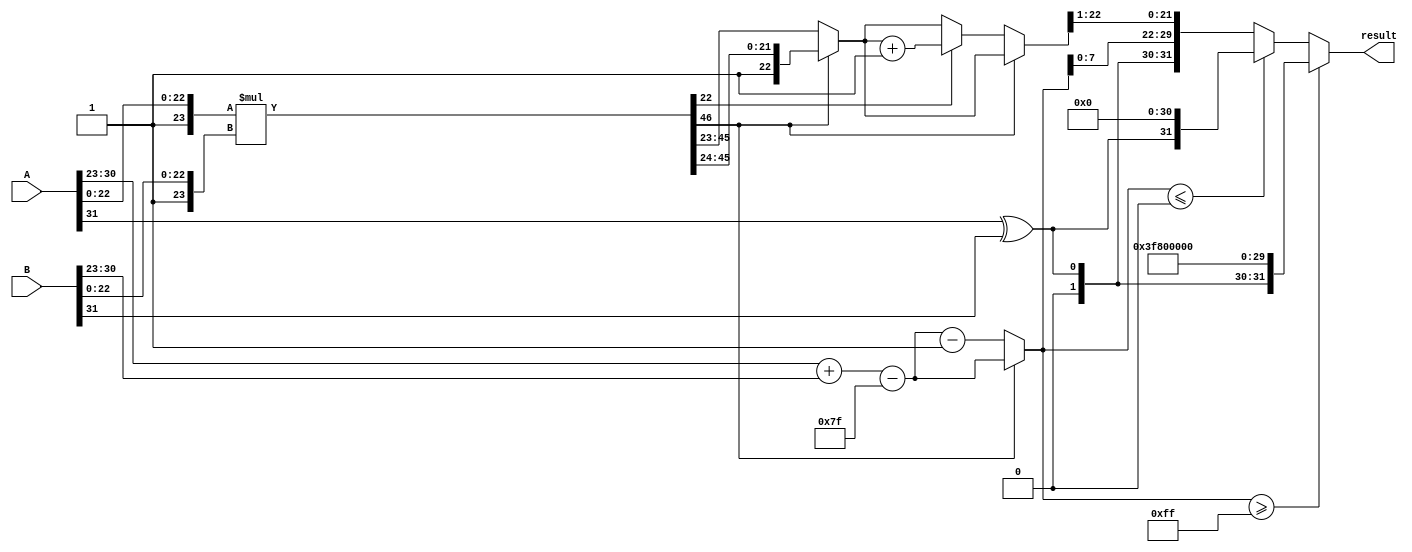
module radix2_fp_multiplier #(
    parameter E = 8, // Number of exponent bits
    parameter M = 23 // Number of significand bits (excluding implicit leading 1)
)(
    input wire [E + M:0] A, // Input A (sign, exponent, significand)
    input wire [E + M:0] B, // Input B (sign, exponent, significand)
    output reg [E + M:0] result // Output result (sign, exponent, significand)
);

    // Bias for exponent
    localparam BIAS = (1 << (E - 1)) - 1;

    // Internal signals
    wire sign_A = A[E + M]; // Sign bit of A
    wire sign_B = B[E + M]; // Sign bit of B
    wire [E-1:0] exp_A = A[E + M - 1:E + M - E]; // Exponent of A
    wire [E-1:0] exp_B = B[E + M - 1:E + M - E]; // Exponent of B
    wire [M:0] sig_A = {1'b1, A[M - 1:0]}; // Significand of A (with implicit leading 1)
    wire [M:0] sig_B = {1'b1, B[M - 1:0]}; // Significand of B (with implicit leading 1)

    // Sign of the result
    wire result_sign = sign_A ^ sign_B;

    // Exponent calculation
    wire [E:0] exp_result = exp_A + exp_B - BIAS; // Result exponent (E + 1 bits for overflow)

    // Significand multiplication
    wire [2*M:0] sig_result = sig_A * sig_B; // Result significand (2M + 1 bits)

    // Normalization
    reg [E:0] normalized_exp;
    reg [M:0] normalized_sig;
    reg shift_needed;

    always @* begin
        // Check if normalization is needed
        if (sig_result[2*M]) begin
            // Already normalized
            normalized_sig = sig_result[2*M:M + 1]; // Keep the top M bits
            normalized_exp = exp_result; // No change to exponent
            shift_needed = 0;
        end else begin
            // Need to normalize
            normalized_sig = sig_result[2*M - 1:M]; // Shift right
            normalized_exp = exp_result - 1; // Adjust exponent
            shift_needed = 1;
        end
    end

    // Rounding (simple round to nearest)
    reg [M:0] rounded_sig;
    always @* begin
        if (shift_needed) begin
            // Check the bit to round
            if (sig_result[M - 1]) begin
                rounded_sig = normalized_sig + 1; // Round up
            end else begin
                rounded_sig = normalized_sig; // No rounding
            end
        end else begin
            rounded_sig = normalized_sig; // No shift, no rounding
        end
    end

    // Final output assembly
    always @* begin
        // Check for overflow in exponent
        if (normalized_exp >= (1 << E) - 1) begin
            // Overflow case (set to max exponent)
            result = {result_sign, {(E-1){1'b1}}, {M{1'b0}}}; // Infinity
        end else if (normalized_exp <= 0) begin
            // Underflow case (set to zero)
            result = {result_sign, {E{1'b0}}, {M{1'b0}}}; // Zero
        end else begin
            // Normal case
            result = {result_sign, normalized_exp[E-1:0], rounded_sig[M-1:1]}; // Assemble result
        end
    end

endmodule